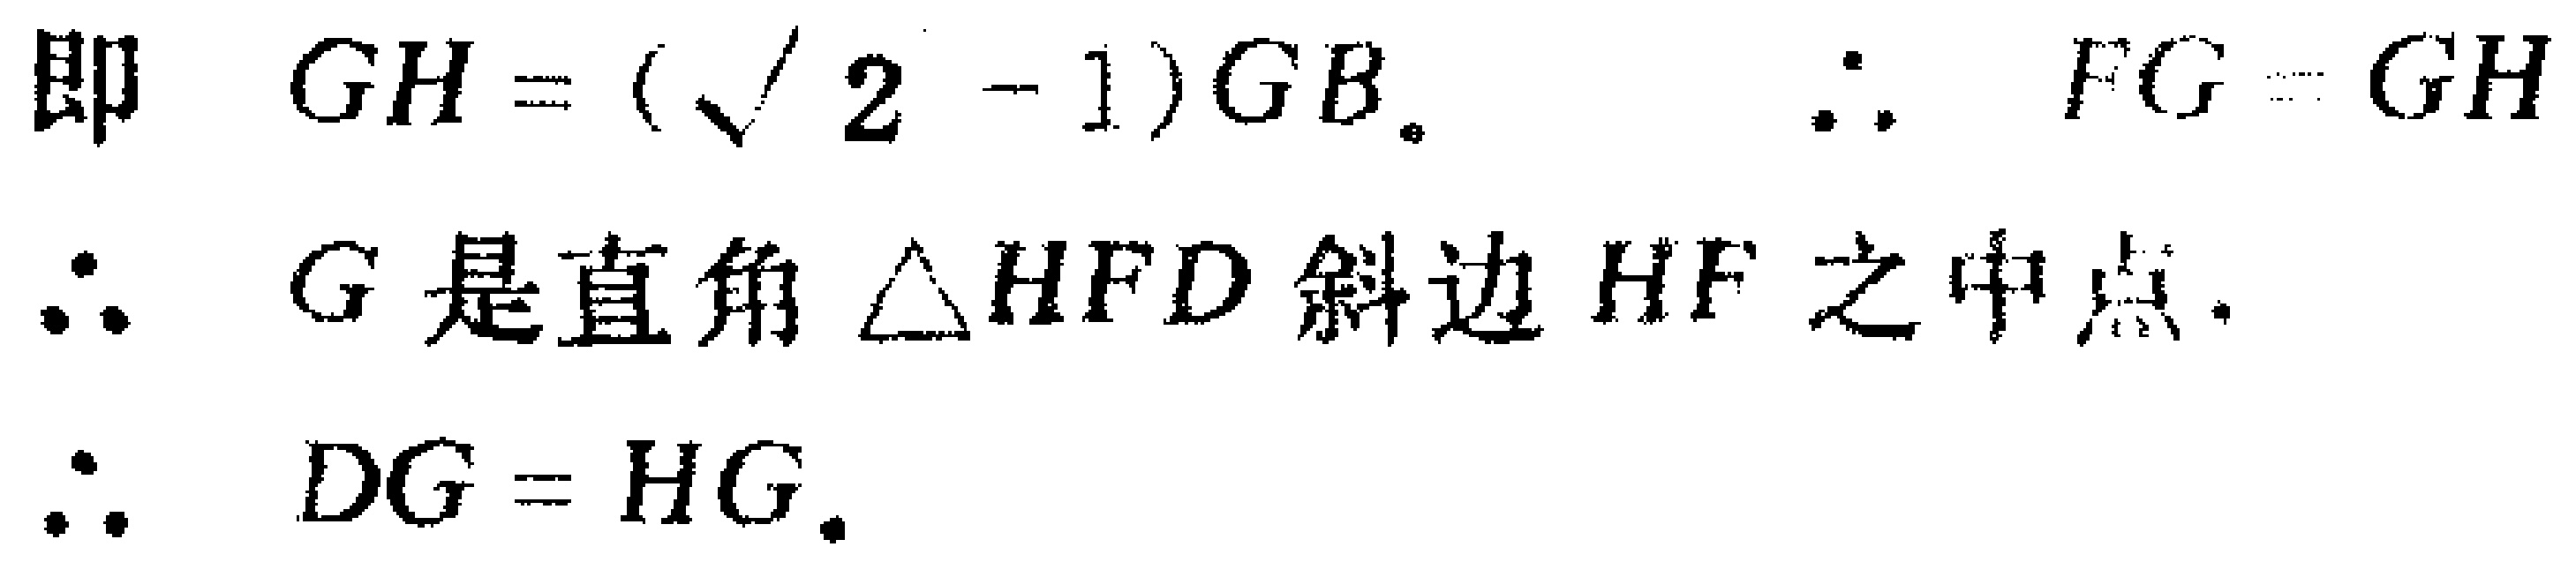
即 \(GH = (\sqrt{2} - 1)GB\). \(\therefore FG = GH\)

\(\therefore\) \(G\) 是直角 \(\triangle HFD\) 斜边 \(HF\) 之中点.

\(\therefore\) \(DG = HG\).